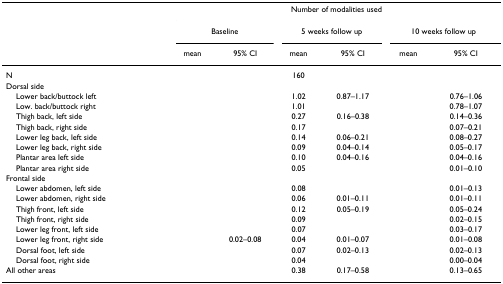
<table><thead><tr><td>[EMPTY_CELL]</td><td colspan="6"><b>Number of modalities used</b></td></tr><tr><td>[EMPTY_CELL]</td><td colspan="2"><b>Baseline</b></td><td colspan="2"><b>5 weeks follow up</b></td><td colspan="2"><b>10 weeks follow up</b></td></tr><tr><td>[EMPTY_CELL]</td><td><b>mean</b></td><td><b>95% CI</b></td><td><b>mean</b></td><td><b>95% CI</b></td><td><b>mean</b></td><td><b>95% CI</b></td></tr></thead><tbody><tr><td>N</td><td>[EMPTY_CELL]</td><td>[EMPTY_CELL]</td><td>160</td><td>[EMPTY_CELL]</td><td>[EMPTY_CELL]</td><td>[EMPTY_CELL]</td></tr><tr><td>Dorsal side</td><td>[EMPTY_CELL]</td><td>[EMPTY_CELL]</td><td>[EMPTY_CELL]</td><td>[EMPTY_CELL]</td><td>[EMPTY_CELL]</td><td>[EMPTY_CELL]</td></tr><tr><td> Lower back/buttock left</td><td>[EMPTY_CELL]</td><td>[EMPTY_CELL]</td><td>1.02</td><td>0.87–1.17</td><td>[EMPTY_CELL]</td><td>0.76–1.06</td></tr><tr><td> Low. back/buttock right</td><td>[EMPTY_CELL]</td><td>[EMPTY_CELL]</td><td>1.01</td><td>[EMPTY_CELL]</td><td>[EMPTY_CELL]</td><td>0.78–1.07</td></tr><tr><td> Thigh back, left side</td><td>[EMPTY_CELL]</td><td>[EMPTY_CELL]</td><td>0.27</td><td>0.16–0.38</td><td>[EMPTY_CELL]</td><td>0.14–0.36</td></tr><tr><td> Thigh back, right side</td><td>[EMPTY_CELL]</td><td>[EMPTY_CELL]</td><td>0.17</td><td>[EMPTY_CELL]</td><td>[EMPTY_CELL]</td><td>0.07–0.21</td></tr><tr><td> Lower leg back, left side</td><td>[EMPTY_CELL]</td><td>[EMPTY_CELL]</td><td>0.14</td><td>0.06–0.21</td><td>[EMPTY_CELL]</td><td>0.08–0.27</td></tr><tr><td> Lower leg back, right side</td><td>[EMPTY_CELL]</td><td>[EMPTY_CELL]</td><td>0.09</td><td>0.04–0.14</td><td>[EMPTY_CELL]</td><td>0.05–0.17</td></tr><tr><td> Plantar area left side</td><td>[EMPTY_CELL]</td><td>[EMPTY_CELL]</td><td>0.10</td><td>0.04–0.16</td><td>[EMPTY_CELL]</td><td>0.04–0.16</td></tr><tr><td> Plantar area right side</td><td>[EMPTY_CELL]</td><td>[EMPTY_CELL]</td><td>0.05</td><td>[EMPTY_CELL]</td><td>[EMPTY_CELL]</td><td>0.01–0.10</td></tr><tr><td>Frontal side</td><td>[EMPTY_CELL]</td><td>[EMPTY_CELL]</td><td>[EMPTY_CELL]</td><td>[EMPTY_CELL]</td><td>[EMPTY_CELL]</td><td>[EMPTY_CELL]</td></tr><tr><td> Lower abdomen, left side</td><td>[EMPTY_CELL]</td><td>[EMPTY_CELL]</td><td>0.08</td><td>[EMPTY_CELL]</td><td>[EMPTY_CELL]</td><td>0.01–0.13</td></tr><tr><td> Lower abdomen, right side</td><td>[EMPTY_CELL]</td><td>[EMPTY_CELL]</td><td>0.06</td><td>0.01–0.11</td><td>[EMPTY_CELL]</td><td>0.01–0.11</td></tr><tr><td> Thigh front, left side</td><td>[EMPTY_CELL]</td><td>[EMPTY_CELL]</td><td>0.12</td><td>0.05–0.19</td><td>[EMPTY_CELL]</td><td>0.05–0.24</td></tr><tr><td> Thigh front, right side</td><td>[EMPTY_CELL]</td><td>[EMPTY_CELL]</td><td>0.09</td><td>[EMPTY_CELL]</td><td>[EMPTY_CELL]</td><td>0.02–0.15</td></tr><tr><td> Lower leg front, left side</td><td>[EMPTY_CELL]</td><td>[EMPTY_CELL]</td><td>0.07</td><td>[EMPTY_CELL]</td><td>[EMPTY_CELL]</td><td>0.03–0.17</td></tr><tr><td> Lower leg front, right side</td><td>[EMPTY_CELL]</td><td>0.02–0.08</td><td>0.04</td><td>0.01–0.07</td><td>[EMPTY_CELL]</td><td>0.01–0.08</td></tr><tr><td> Dorsal foot, left side</td><td>[EMPTY_CELL]</td><td>[EMPTY_CELL]</td><td>0.07</td><td>0.02–0.13</td><td>[EMPTY_CELL]</td><td>0.02–0.13</td></tr><tr><td> Dorsal foot, right side</td><td>[EMPTY_CELL]</td><td>[EMPTY_CELL]</td><td>0.04</td><td>[EMPTY_CELL]</td><td>[EMPTY_CELL]</td><td>0.00–0.04</td></tr><tr><td>All other areas</td><td>[EMPTY_CELL]</td><td>[EMPTY_CELL]</td><td>0.38</td><td>0.17–0.58</td><td>[EMPTY_CELL]</td><td>0.13–0.65</td></tr></tbody></table>